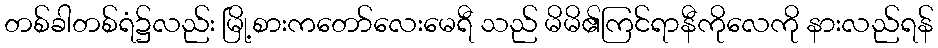
တစ်ခါတစ်ရံ၌လည်း မြို့စားကတော်လေးမေရီ သည် မိမိ၏ကြင်ရာနီကိုလေကို နားလည်ရန်